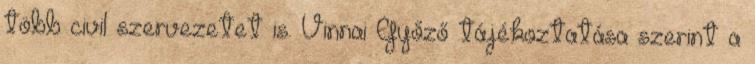
több civil szervezetet is. Vinnai Győző tájékoztatása szerint a